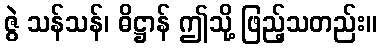
ဇွဲ သန်သန်၊ ဓိဋ္ဌာန် ဤသို့ ဖြည့်သတည်း။